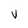
Character: V